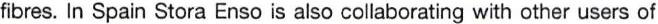
fibres. In Spain Stora Enso is also collaborating with other users of